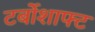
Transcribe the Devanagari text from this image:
टर्बोशाफ्ट